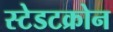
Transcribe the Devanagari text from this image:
स्टेडटक्रोन